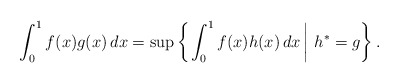
\begin{align*}\int^1_0 f(x) g(x) \, dx = \sup\left\{ \left.\int^1_0 f(x) h(x)\, dx \, \right| \, h^* = g \right\}.\end{align*}